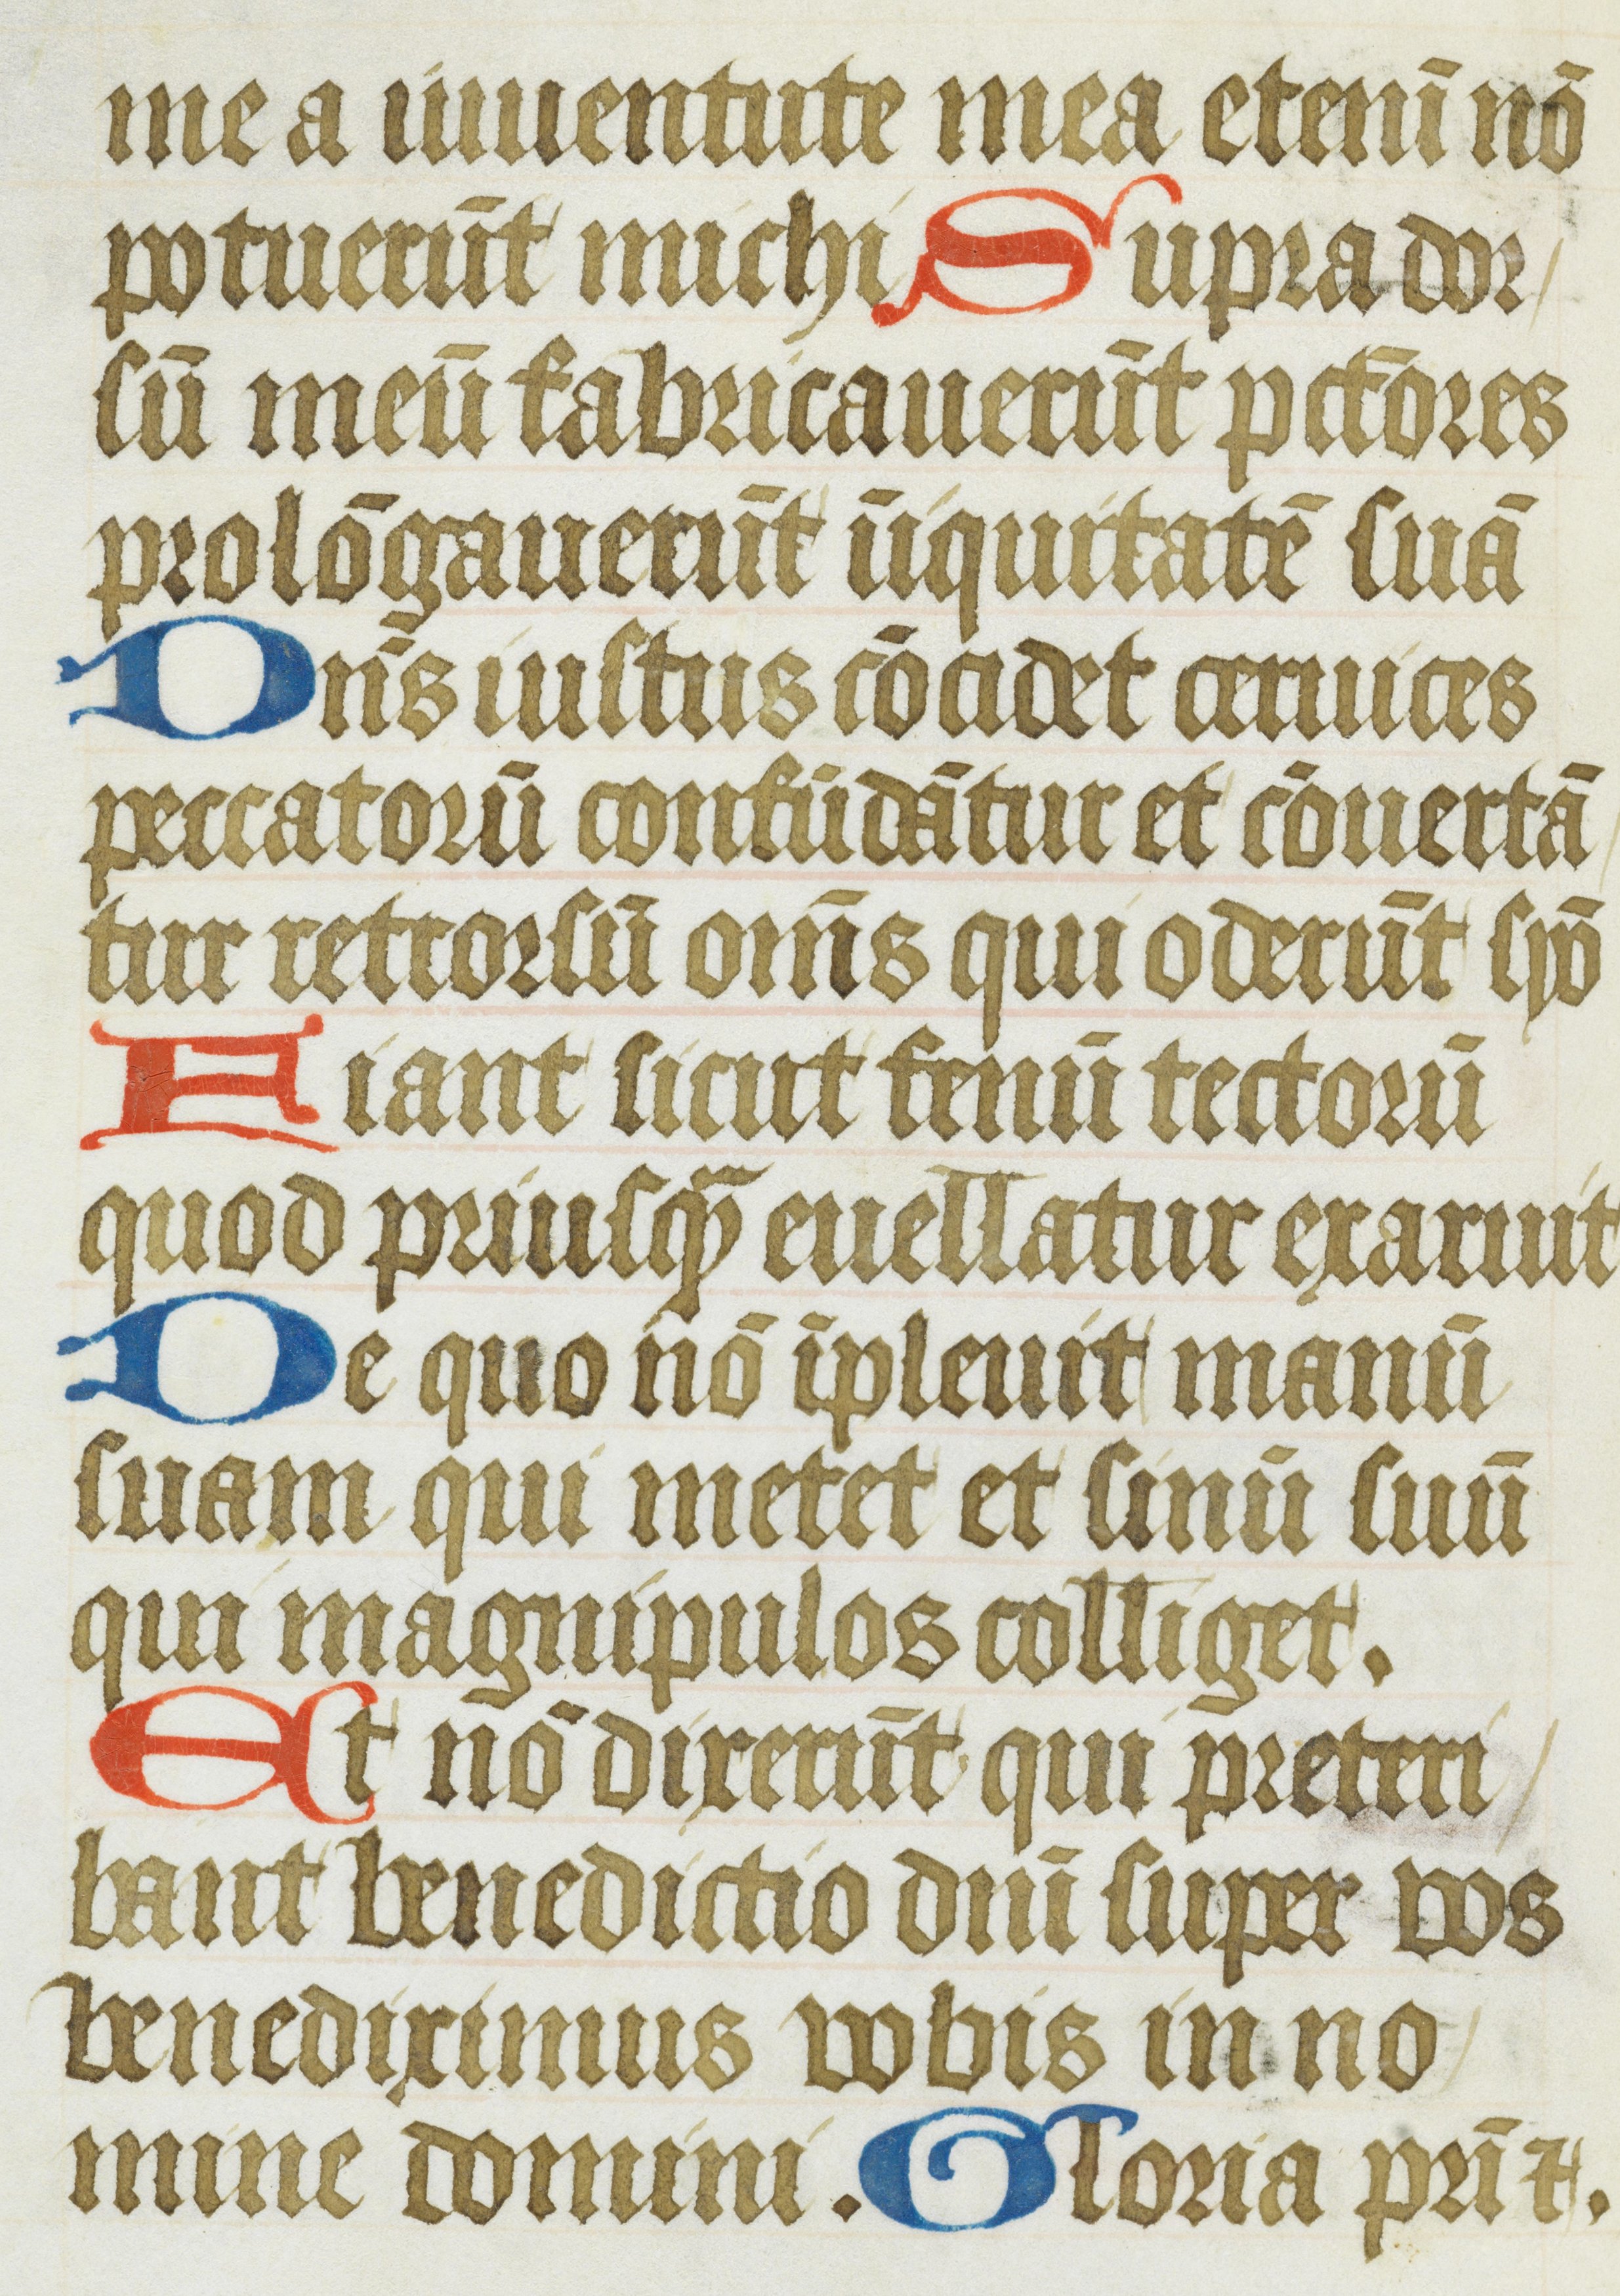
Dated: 1485–1515